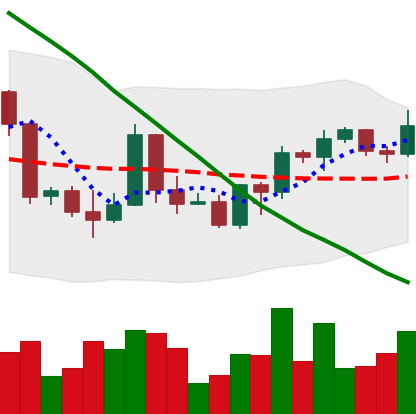
Ticker: BTC-USD
Chart end date: 2022-03-22
Forward return: 10.533%
Label: up_7plus